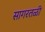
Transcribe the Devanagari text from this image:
सागरतळी